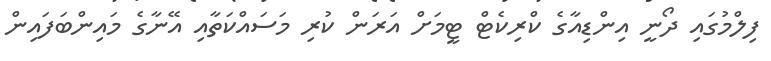
ފިލްމުގައި ދޯނީ އިންޑިއާގެ ކްރިކެޓް ޓީމަށް އަރަން ކުރި މަސައްކަތާއި އޭނާގެ މައިންބަފައިން